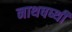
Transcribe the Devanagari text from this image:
नाथषष्थी